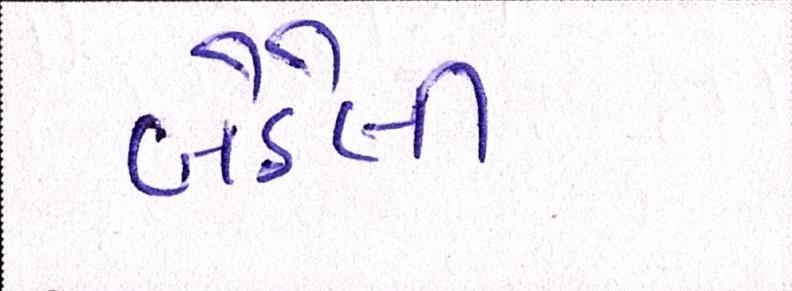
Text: બેઠેલી